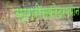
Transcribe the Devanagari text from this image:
सागरीसफरेदरम्यान